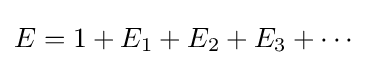
E=1+E_{1}+E_{2}+E_{3}+\cdots